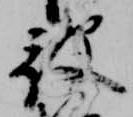
被